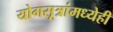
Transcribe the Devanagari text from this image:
योगसूत्रांमध्येही